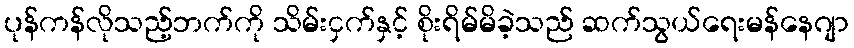
ပုန်ကန်လိုသည့်ဘက်ကို သိမ်းငှက်နှင့် စိုးရိမ်မိခဲ့သည် ဆက်သွယ်ရေးမန်နေဂျာ